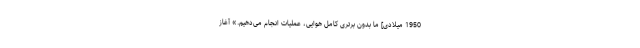
1950 میلادی] ما بدون برتری کامل هوایی، عملیات انجام می‌دهیم.» آغاز